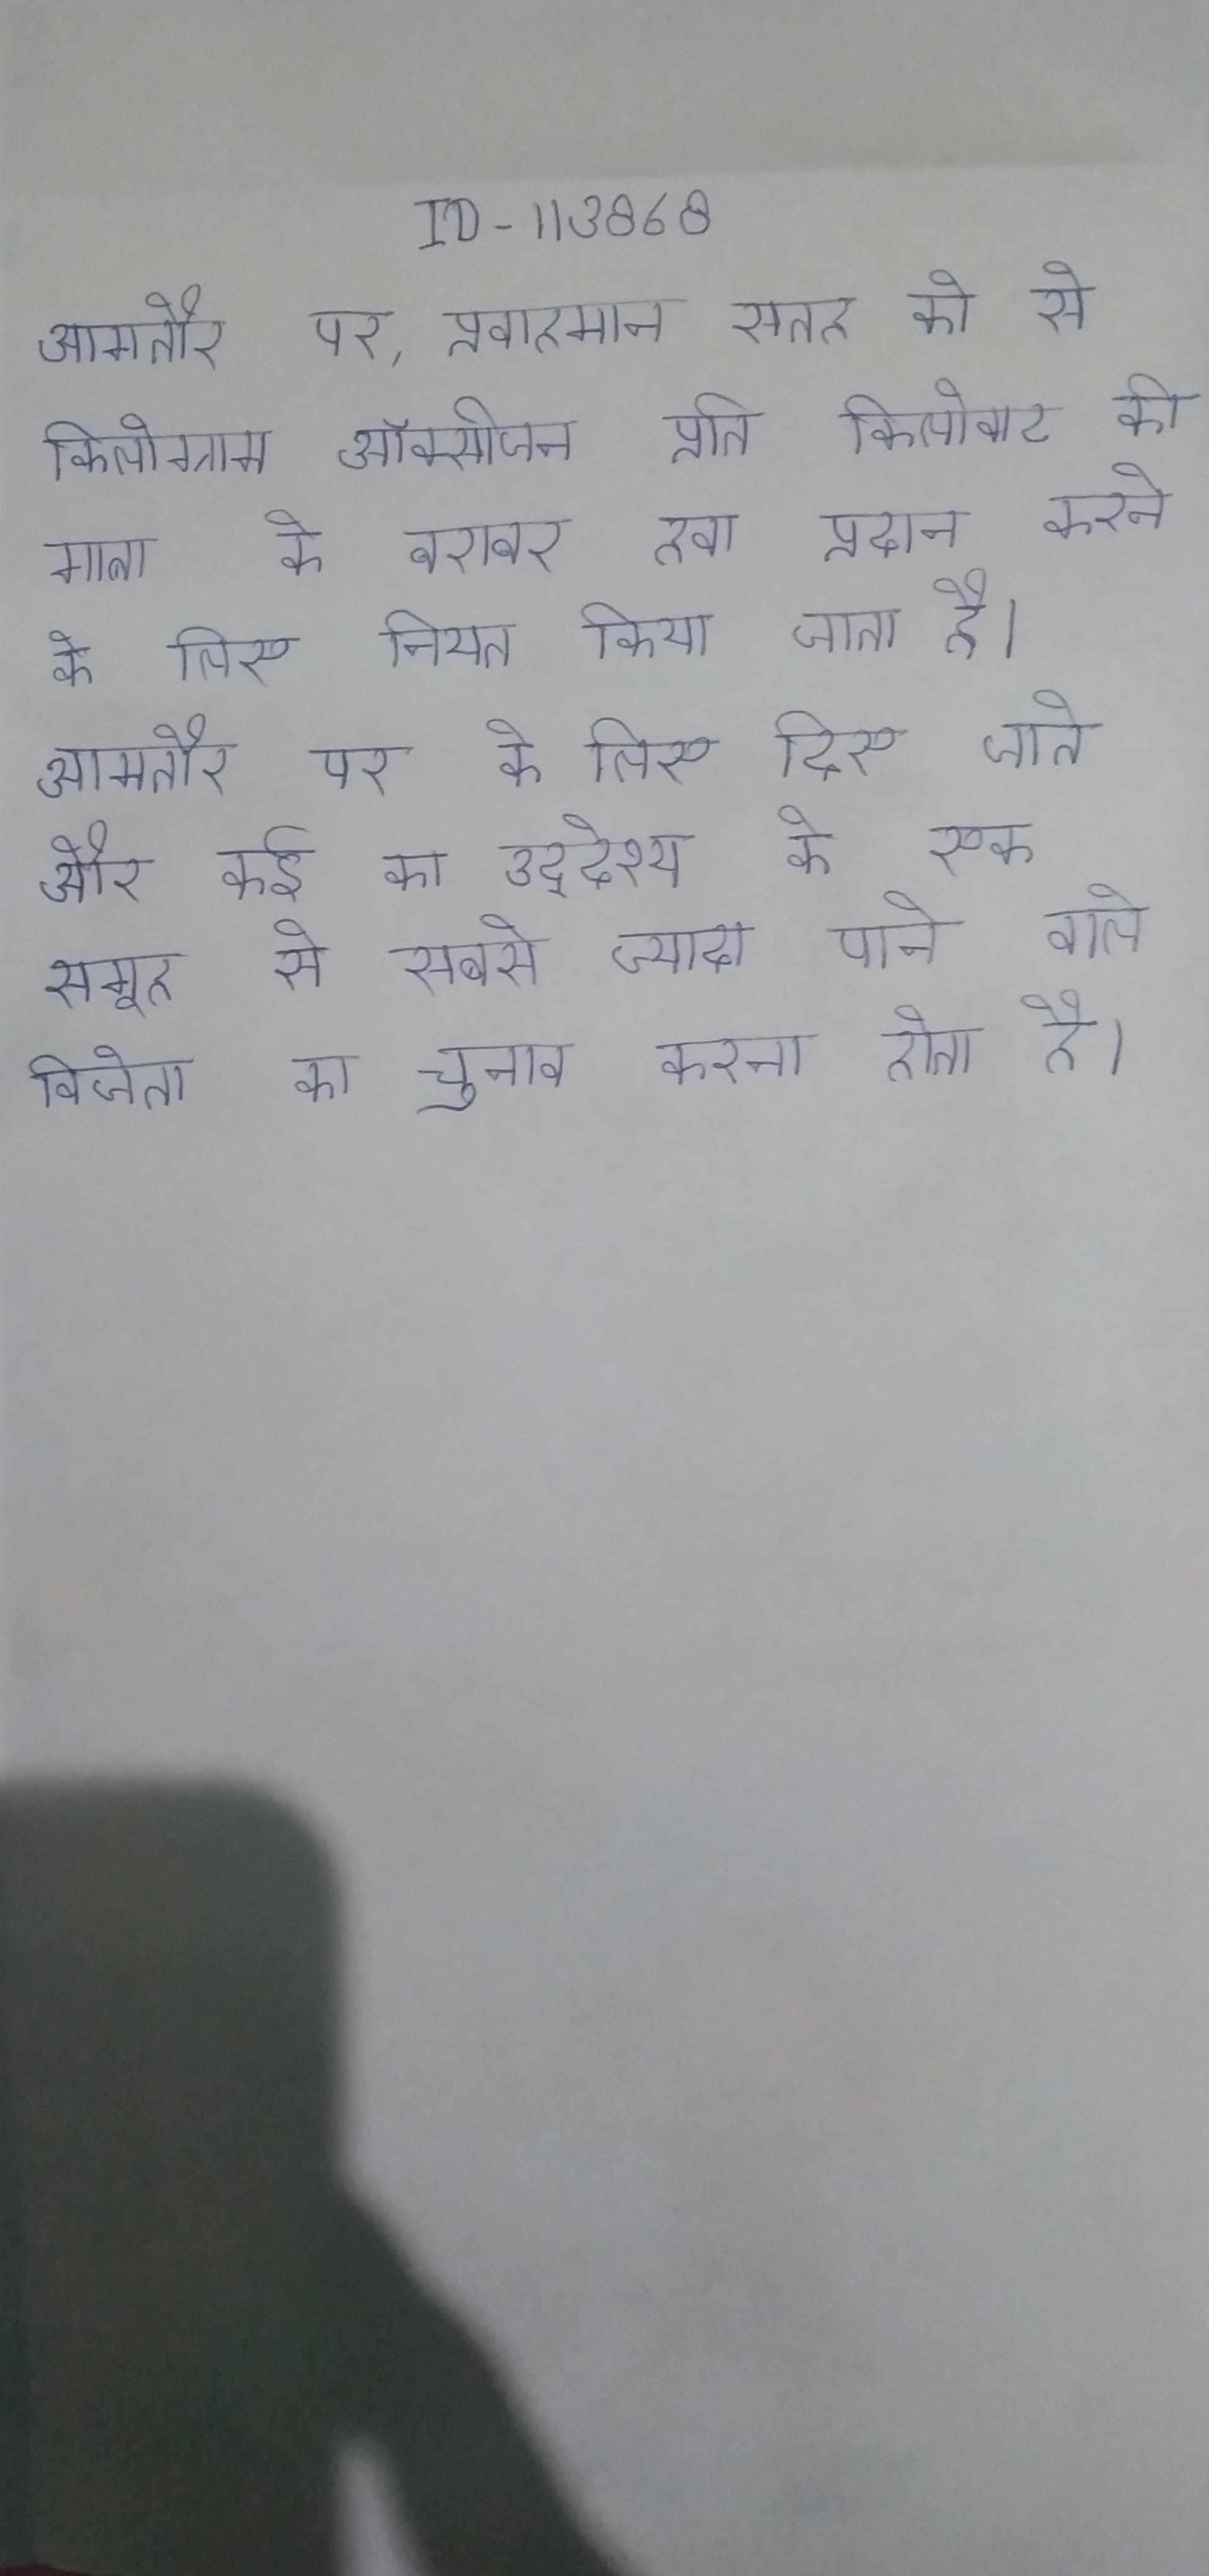
आमतौर पर, प्रवाहमान सतह को से किलोग्राम ऑक्सीजन प्रति किलोवाट की मात्रा के बराबर हवा प्रदान करने के लिए नियत किया जाता है । आमतौर पर के लिए दिए जाते और कई का उद्देश्य के एक समूह से सबसे ज्यादा पाने वाले विजेता का चुनाव करना होता है ।